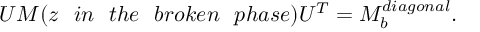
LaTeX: U M ( z \ \ i n \ \ t h e \ \ b r o k e n \ \ p h a s e ) U ^ { T } = M _ { b } ^ { d i a g o n a l } .